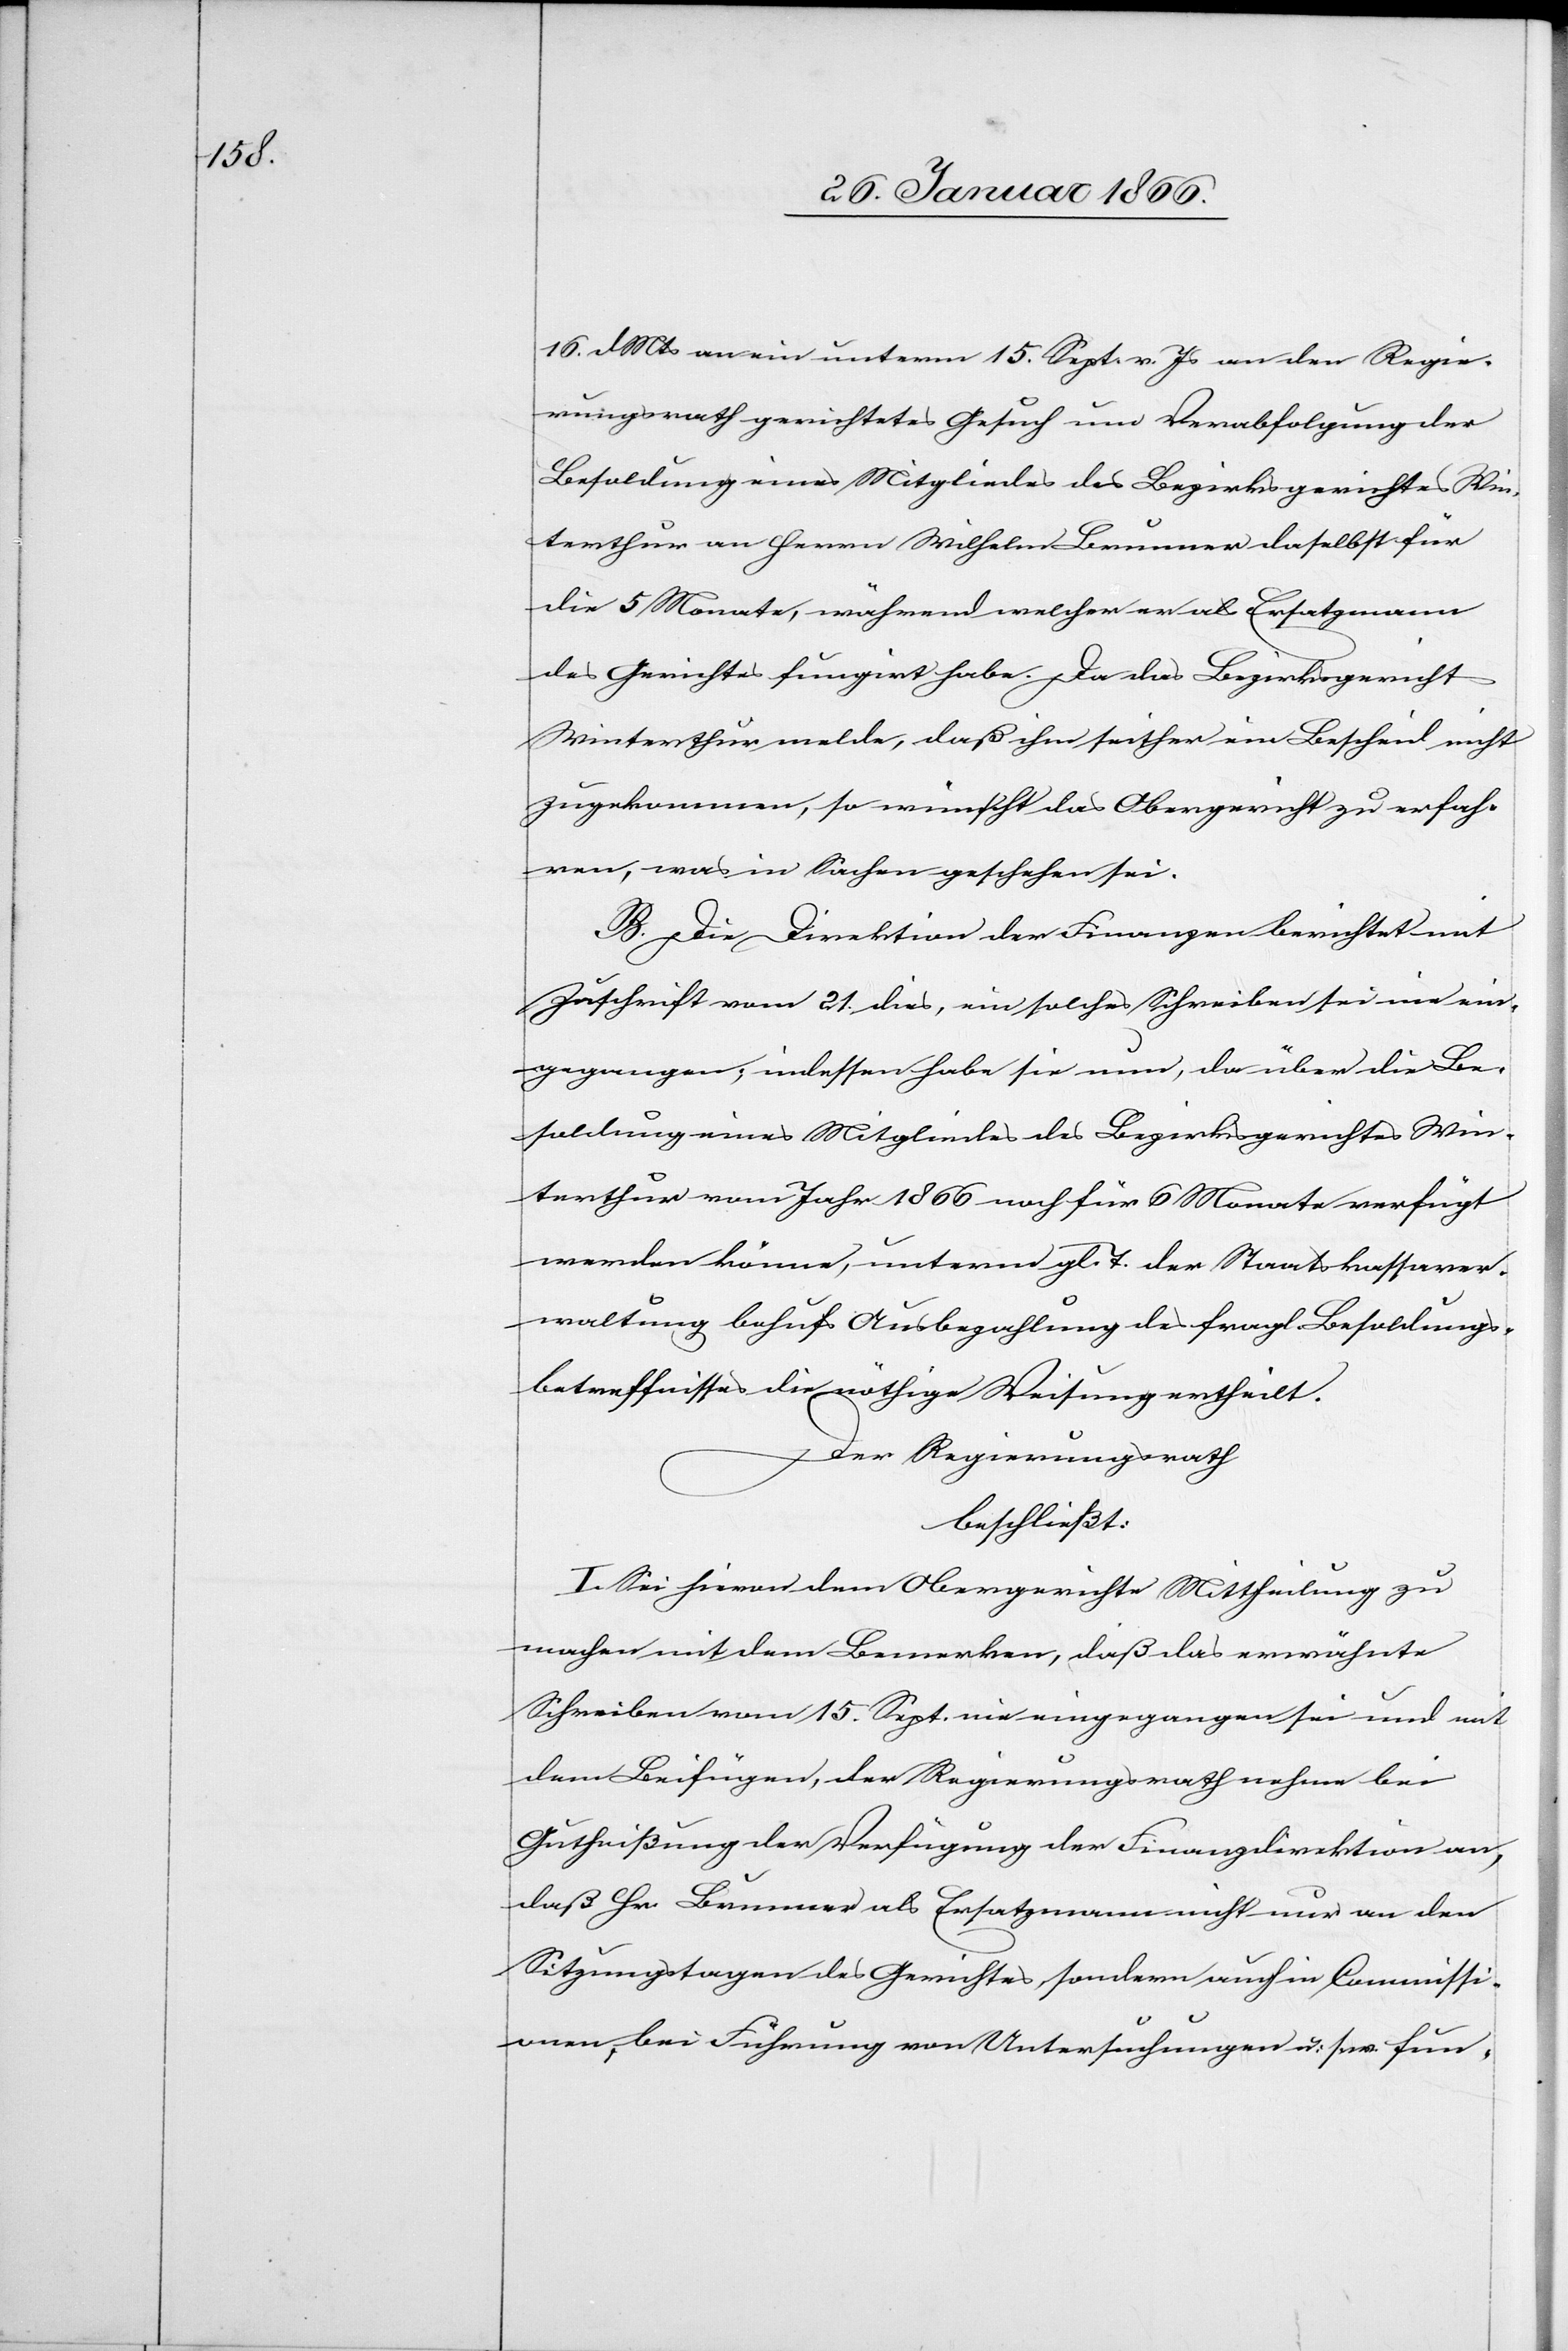
16. d. Mts an ein unterm 15 Sept. v. Js an den Regie¬
rungsrath gerichtetes Gesuch um Verabfolgung der
Besoldung eines Mitgliedes des Bezirksgerichtes Win¬
terthur an Herren Wilhelm Brunner daselbst für
die 5 Monate, während welchen er als Ersatzmann
des Gerichtes fungirt habe. Da das Bezirksgericht
Winterthur melde, daß ihm seither ein Bescheid nicht
zugekommen, so wünscht das Obergericht zu erfah¬
ren, was in Sachen geschehen sei.
B. Die Direktion der Finanzen berichtet mit
Zuschrift vom 21. dies, ein solches Schreiben sei nie ein¬
gegangen, indessen habe sie nun, da über die Be¬
soldung eines Mitgliedes des Bezirksgerichtes Win¬
terthur vom Jahr 1866 noch für 6 Monate verfügt
werden könne, unterm gl. T. der Staatskassaver¬
waltung behufs Ausbezahlung des fragl. Besoldungs¬
betreffnisses die nöthige Weisung ertheilt.
Der Regierungsrath
beschließt:
I. Sei hievon dem Obergericht Mittheilung zu
machen mit dem Bemerken, daß das erwähnte
Schreiben vom 15. Sept. nie eingegangen sei und mit
dem Beifügen, der Regierungsrath nehme bei
Gutheißung der Verfügung der Finanzdirektion an,
daß Hr. Brunner als Ersatzmann nicht nur an den
Sitzungstagen des Gerichtes, sondern auch in Commissi¬
onen, bei Führung von Untersuchungen u. s. w. fun-